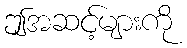
ဤအဆင့်များကို